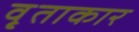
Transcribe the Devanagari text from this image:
वृ्ताकार